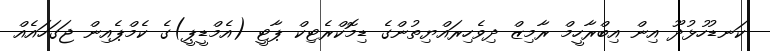
ކަނޑުހުޅުދޫ އިން އިބްރާހީމް ރާމިޒް ދިވެހިރައްޔިތުންގެ ޑިމޮކްރެޓިކް ޕާޓީ (އެމްޑީޕީ)ގެ ކެމްޕެއިން ޖަގަހައެއް